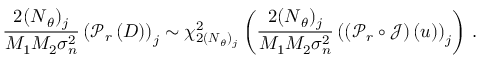
\frac { 2 ( \boldsymbol { N } _ { \theta } ) _ { j } } { M _ { 1 } M _ { 2 } \sigma _ { n } ^ { 2 } } \left( \boldsymbol { \mathcal { P } } _ { r } \left( \boldsymbol { D } \right) \right) _ { j } \sim \chi _ { 2 ( \boldsymbol { N } _ { \theta } ) _ { j } } ^ { 2 } \left( \frac { 2 ( \boldsymbol { N } _ { \theta } ) _ { j } } { M _ { 1 } M _ { 2 } \sigma _ { n } ^ { 2 } } \left( \left( \boldsymbol { \mathcal { P } } _ { r } \circ \boldsymbol { \mathcal { J } } \right) \left( u \right) \right) _ { j } \right) \, .